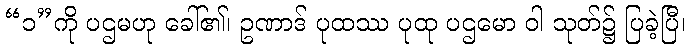
“၁”ကို ပဌမဟု ခေါ်၏၊ ဥဏာဒ် ပုထဿ ပုထု ပဌမော ဝါ သုတ်၌ ပြခဲ့ပြီ၊